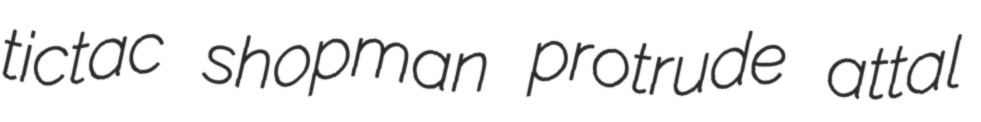
tictac shopman protrude attal